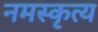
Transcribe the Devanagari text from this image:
नमस्कृत्य